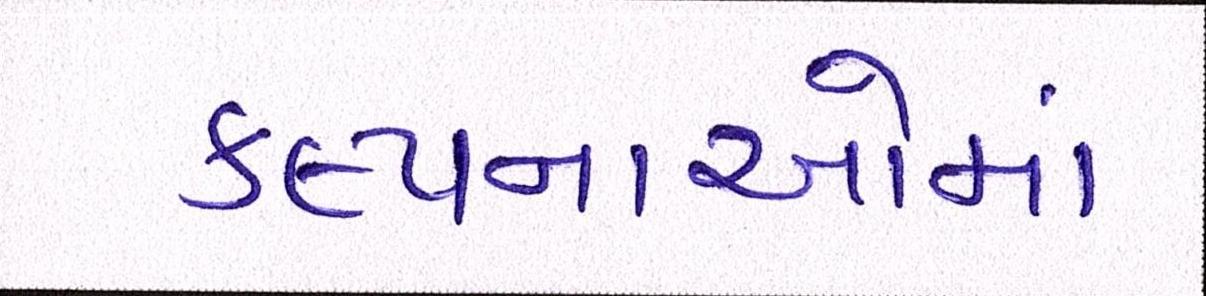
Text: કલ્પનાઓમાં